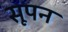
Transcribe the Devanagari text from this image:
सूपन